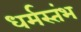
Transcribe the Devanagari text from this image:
धर्मस्तंभ